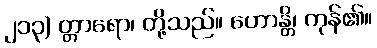
၂၁၃) တ္တာရော၊ တို့သည်။ ဟောန္တိ၊ ကုန်၏။